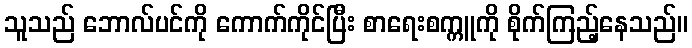
သူသည် ဘောလ်ပင်ကို ကောက်ကိုင်ပြီး စာရေးစက္ကူကို စိုက်ကြည့်နေသည်။